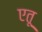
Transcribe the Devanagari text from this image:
एतू